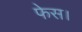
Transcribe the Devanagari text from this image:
फेस।